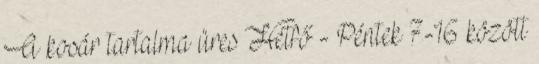
A kosár tartalma üres Hétfő - Péntek 7-16 között